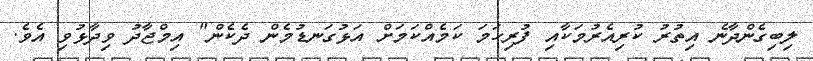
ލިބިގެންދާނެ އިތުރު ކުރިއެރުމަކާއި ފުރިހަމަ ކަމެއްކަމަށް އަޅުގަނޑުމެން ދެކެން" އިމްޖާދު ވިދާޅުވި އެވެ.